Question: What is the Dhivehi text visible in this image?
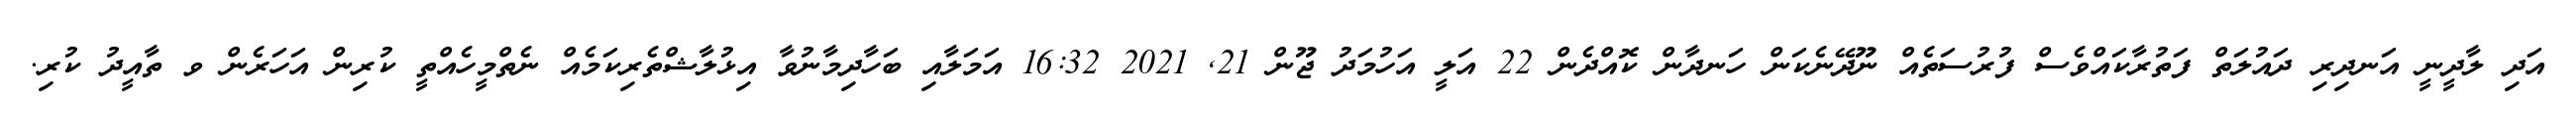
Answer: އަދި ލާދީނީ އަނދިރި ދައުލަތް ފަތުރާކައްވެސް ފުރުސަތެއް ނޫދޭނެކަން ހަނދާން ކޮއްދެން 22 އަލީ އަހުމަދު ޖޫން 21, 2021 16:32 އަމަލާއި ބަހާދިމާނުވާ އިޅުލާޝްތެރިކަމެއް ނެތްމީހެއްތީ ކުރިން އަހަރެން ވ ތާއީދު ކުރި.